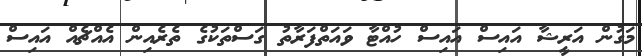
މަގުން އަރީޝާ އައިސް އައިސް ހުއްޓާ ވައަތްފަރާތު ގަސްތަކުގެ ތެރެއިން އެއްޗެއް އައިސް